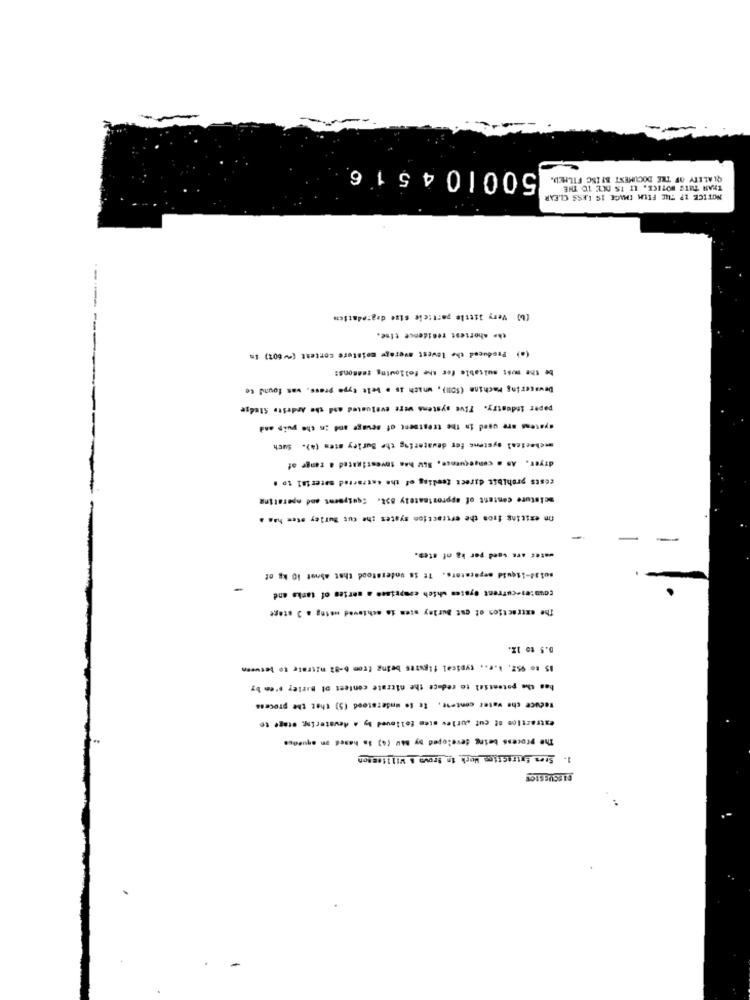
500104516
QUALITY OF THE DOCUMENT BEING FILMED.
THAN THIS NOTICE, IT IS DUE TO THE
NOTICE LP THE FILM CHAGE IS LESS CLEAR
-----
(b) Very little particle Gize degradation
--
the shortest residence tise.
(a) Produced the lowest average moisture contest (~ 60%) in
be the most suitable for the following reasons:
Dewatering Machine (SOM), which is a belt type press, was found to
paper industry. Tive systems were evaluated and the Andeste Sludge
@yatens are used in the treatment of sewage and in che puip and
mchecical systens fer dewatering che Burley stem (4). Such
dryer. AS a consequence, BoW has tovestigated a range of
costs prohibit direct fending of the antracted material to .
moisture content of approximately 85%. Equipment and operating
In exiting from the ertraction syates the cus Burley stor has a
water are band per ka of stes.
solid-liquid separators. It is understood that about 10 kg of
counter-current @yates which comprises a series of tanks and
The extraction of ont Buriny stem is achieved mning a 3 stage
D.5 to 12.
85 to 952. I.e .. typical figures being from 6-82 mitrale to becueen
has the potential to reduce the nitrate content ol Burley s'en by
Reduce the water contre, Is Se understood (5) that the process
extraction of cut surles stem folloved by a dewatering, stage to
The process being developed by bau (4) is based on aqueous
1. Stem Extractics Work in Prove & Willieston